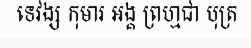
ទេវង្ស កុមារ អង្គ ព្រហ្មជា បុត្រ